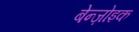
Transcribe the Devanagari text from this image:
बेन्ज़ोइक